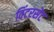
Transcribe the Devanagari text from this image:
विंटरसेट